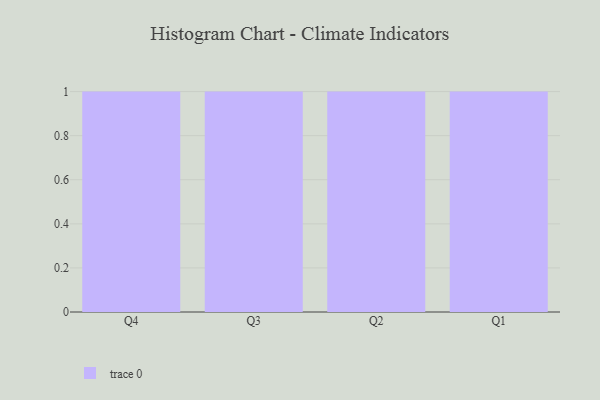
{"axis": {"x": "Quarter", "y": "Energy Usage (MWh)"}, "legend": [""], "data": [{"x": "Q4", "y": 65, "type": ""}, {"x": "Q3", "y": 90, "type": ""}, {"x": "Q2", "y": 43, "type": ""}, {"x": "Q1", "y": 16, "type": ""}]}